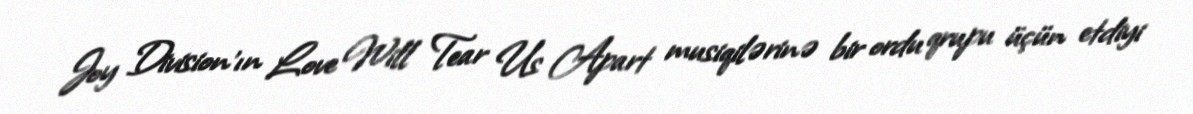
Joy Division’ın Love Will Tear Us Apart musiqilərinə bir ordu qrupu üçün etdiyi